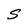
Character: S